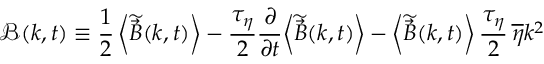
\boldsymbol { \mathcal { B } } ( \boldsymbol { k } , t ) \equiv \frac { 1 } { 2 } \left< \widetilde { \vec { B } } ( \boldsymbol { k } , t ) \right> - \frac { \tau _ { \eta } } { 2 } \frac { \partial } { \partial t } \! \left< \widetilde { \vec { B } } ( \boldsymbol { k } , t ) \right> - \left< \widetilde { \vec { B } } ( \boldsymbol { k } , t ) \right> \frac { \tau _ { \eta } } { 2 } \, \overline { { \eta } } k ^ { 2 }